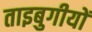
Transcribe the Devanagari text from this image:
ताइबुगीयों